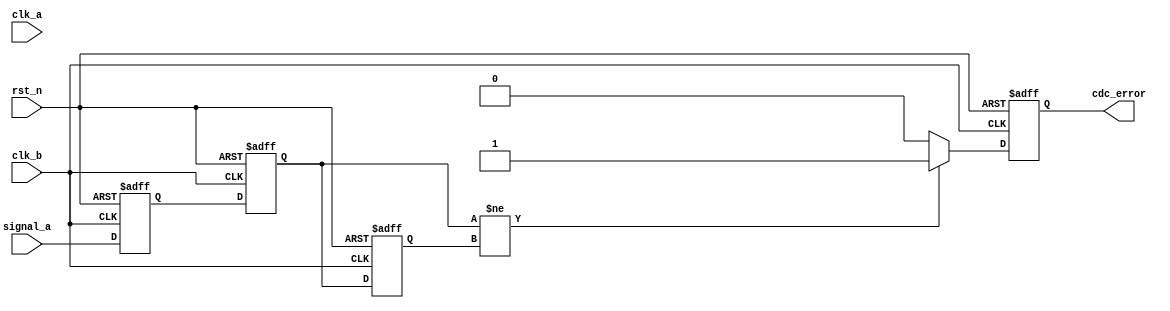
module cdc_detector #(
    parameter WIDTH = 1  // Width of the signal to be monitored
)(
    input wire clk_a,             // Clock domain A
    input wire clk_b,             // Clock domain B
    input wire rst_n,             // Asynchronous active-low reset
    input wire [WIDTH-1:0] signal_a, // Signal from clock domain A
    output reg cdc_error          // CDC error flag
);

    // Internal signals for synchronization
    reg [WIDTH-1:0] sync_1;
    reg [WIDTH-1:0] sync_2;

    // Synchronization process
    always @(posedge clk_b or negedge rst_n) begin
        if (!rst_n) begin
            sync_1 <= 0;
            sync_2 <= 0;
        end else begin
            sync_1 <= signal_a;      // Sample signal_a in clk_b domain
            sync_2 <= sync_1;       // Second stage synchronization
        end
    end

    // Error detection process
    reg [WIDTH-1:0] prev_sync_2;

    always @(posedge clk_b or negedge rst_n) begin
        if (!rst_n) begin
            prev_sync_2 <= 0;
            cdc_error <= 0;
        end else begin
            // Detect if the synchronized signal changes during the sampling
            if (sync_2 != prev_sync_2) begin
                cdc_error <= 1; // Set error flag if a change is detected
            end else begin
                cdc_error <= 0; // Clear error flag if no change
            end
            prev_sync_2 <= sync_2; // Update previous value
        end
    end

endmodule